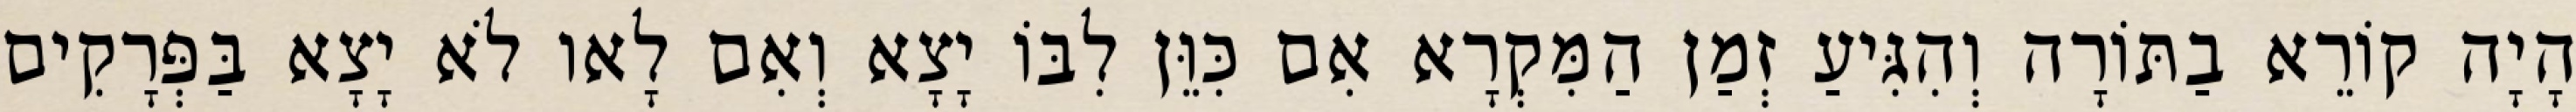
הָיָה קוֹרֵא בַתּוֹרָה וְהִגִּיעַ זְמַן הַמִּקְרָא אִם כִּוֵּן לִבּוֹ יָצָא וְאִם לָאו לֹא יָצָא בַּפְּרָקִים